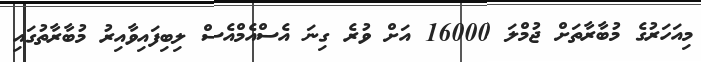
މިއަހަރުގެ މުބާރާތަށް ޖުމްލަ 16000 އަށް ވުރެ ގިނަ އެސްއެމްއެސް ލިބިފައިވާއިރު މުބާރާތުގައި